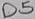
Text: D5